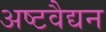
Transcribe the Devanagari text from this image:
अष्टवैद्यन